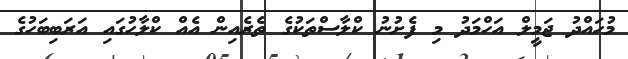
މުހައްދު ޖަމީލް އަހްމަދު މި ފެށުނު ކްލާސްތަކުގެ ތެރެއިން އެއް ކްލާހުގައި އަރަބިބަހުގެ